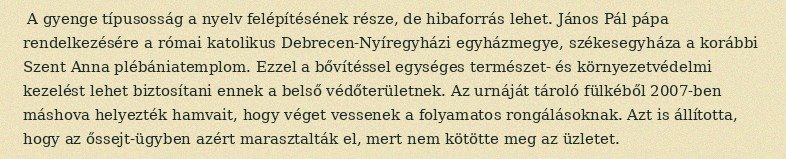
A gyenge típusosság a nyelv felépítésének része, de hibaforrás lehet. János Pál pápa rendelkezésére a római katolikus Debrecen-Nyíregyházi egyházmegye, székesegyháza a korábbi Szent Anna plébániatemplom. Ezzel a bővítéssel egységes természet- és környezetvédelmi kezelést lehet biztosítani ennek a belső védőterületnek. Az urnáját tároló fülkéből 2007-ben máshova helyezték hamvait, hogy véget vessenek a folyamatos rongálásoknak. Azt is állította, hogy az őssejt-ügyben azért marasztalták el, mert nem kötötte meg az üzletet.